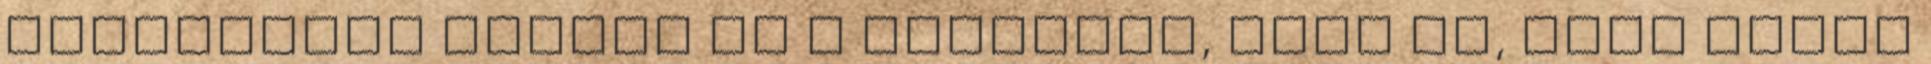
elteltével hallom ám a hírekben, hogy az, akit nekem